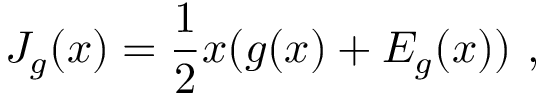
J _ { g } ( x ) = { \frac { 1 } { 2 } } x ( g ( x ) + E _ { g } ( x ) ) \ ,